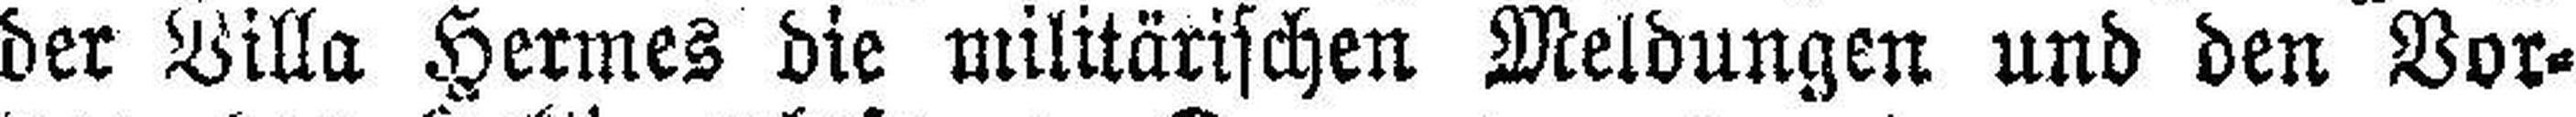
der Villa Hermes die militärischen Meldungen und den Vor¬